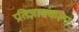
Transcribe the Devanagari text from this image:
प्रतिज्ञासंकल्प